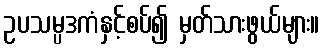
ဥပသမ္ပဒကံနှင့်စပ်၍ မှတ်သားဖွယ်များ။